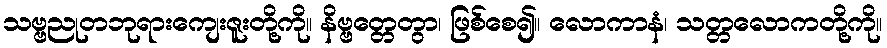
သဗ္ဗညုတဘုရားကျေးဇူးတို့ကို။ နိဗ္ဗတ္တေတွာ၊ ဖြစ်စေ၍။ လောကာနံ၊ သတ္တလောကတို့ကို။